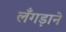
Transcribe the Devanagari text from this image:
लँगड़ाने